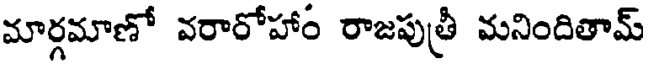
మార్గమాణో వరారోహాం రాజపుత్రీ మనిందితామ్